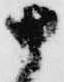
十